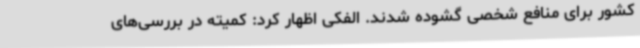
کشور برای منافع شخصی گشوده شدند. الفکی اظهار کرد: کمیته در بررسی‌های